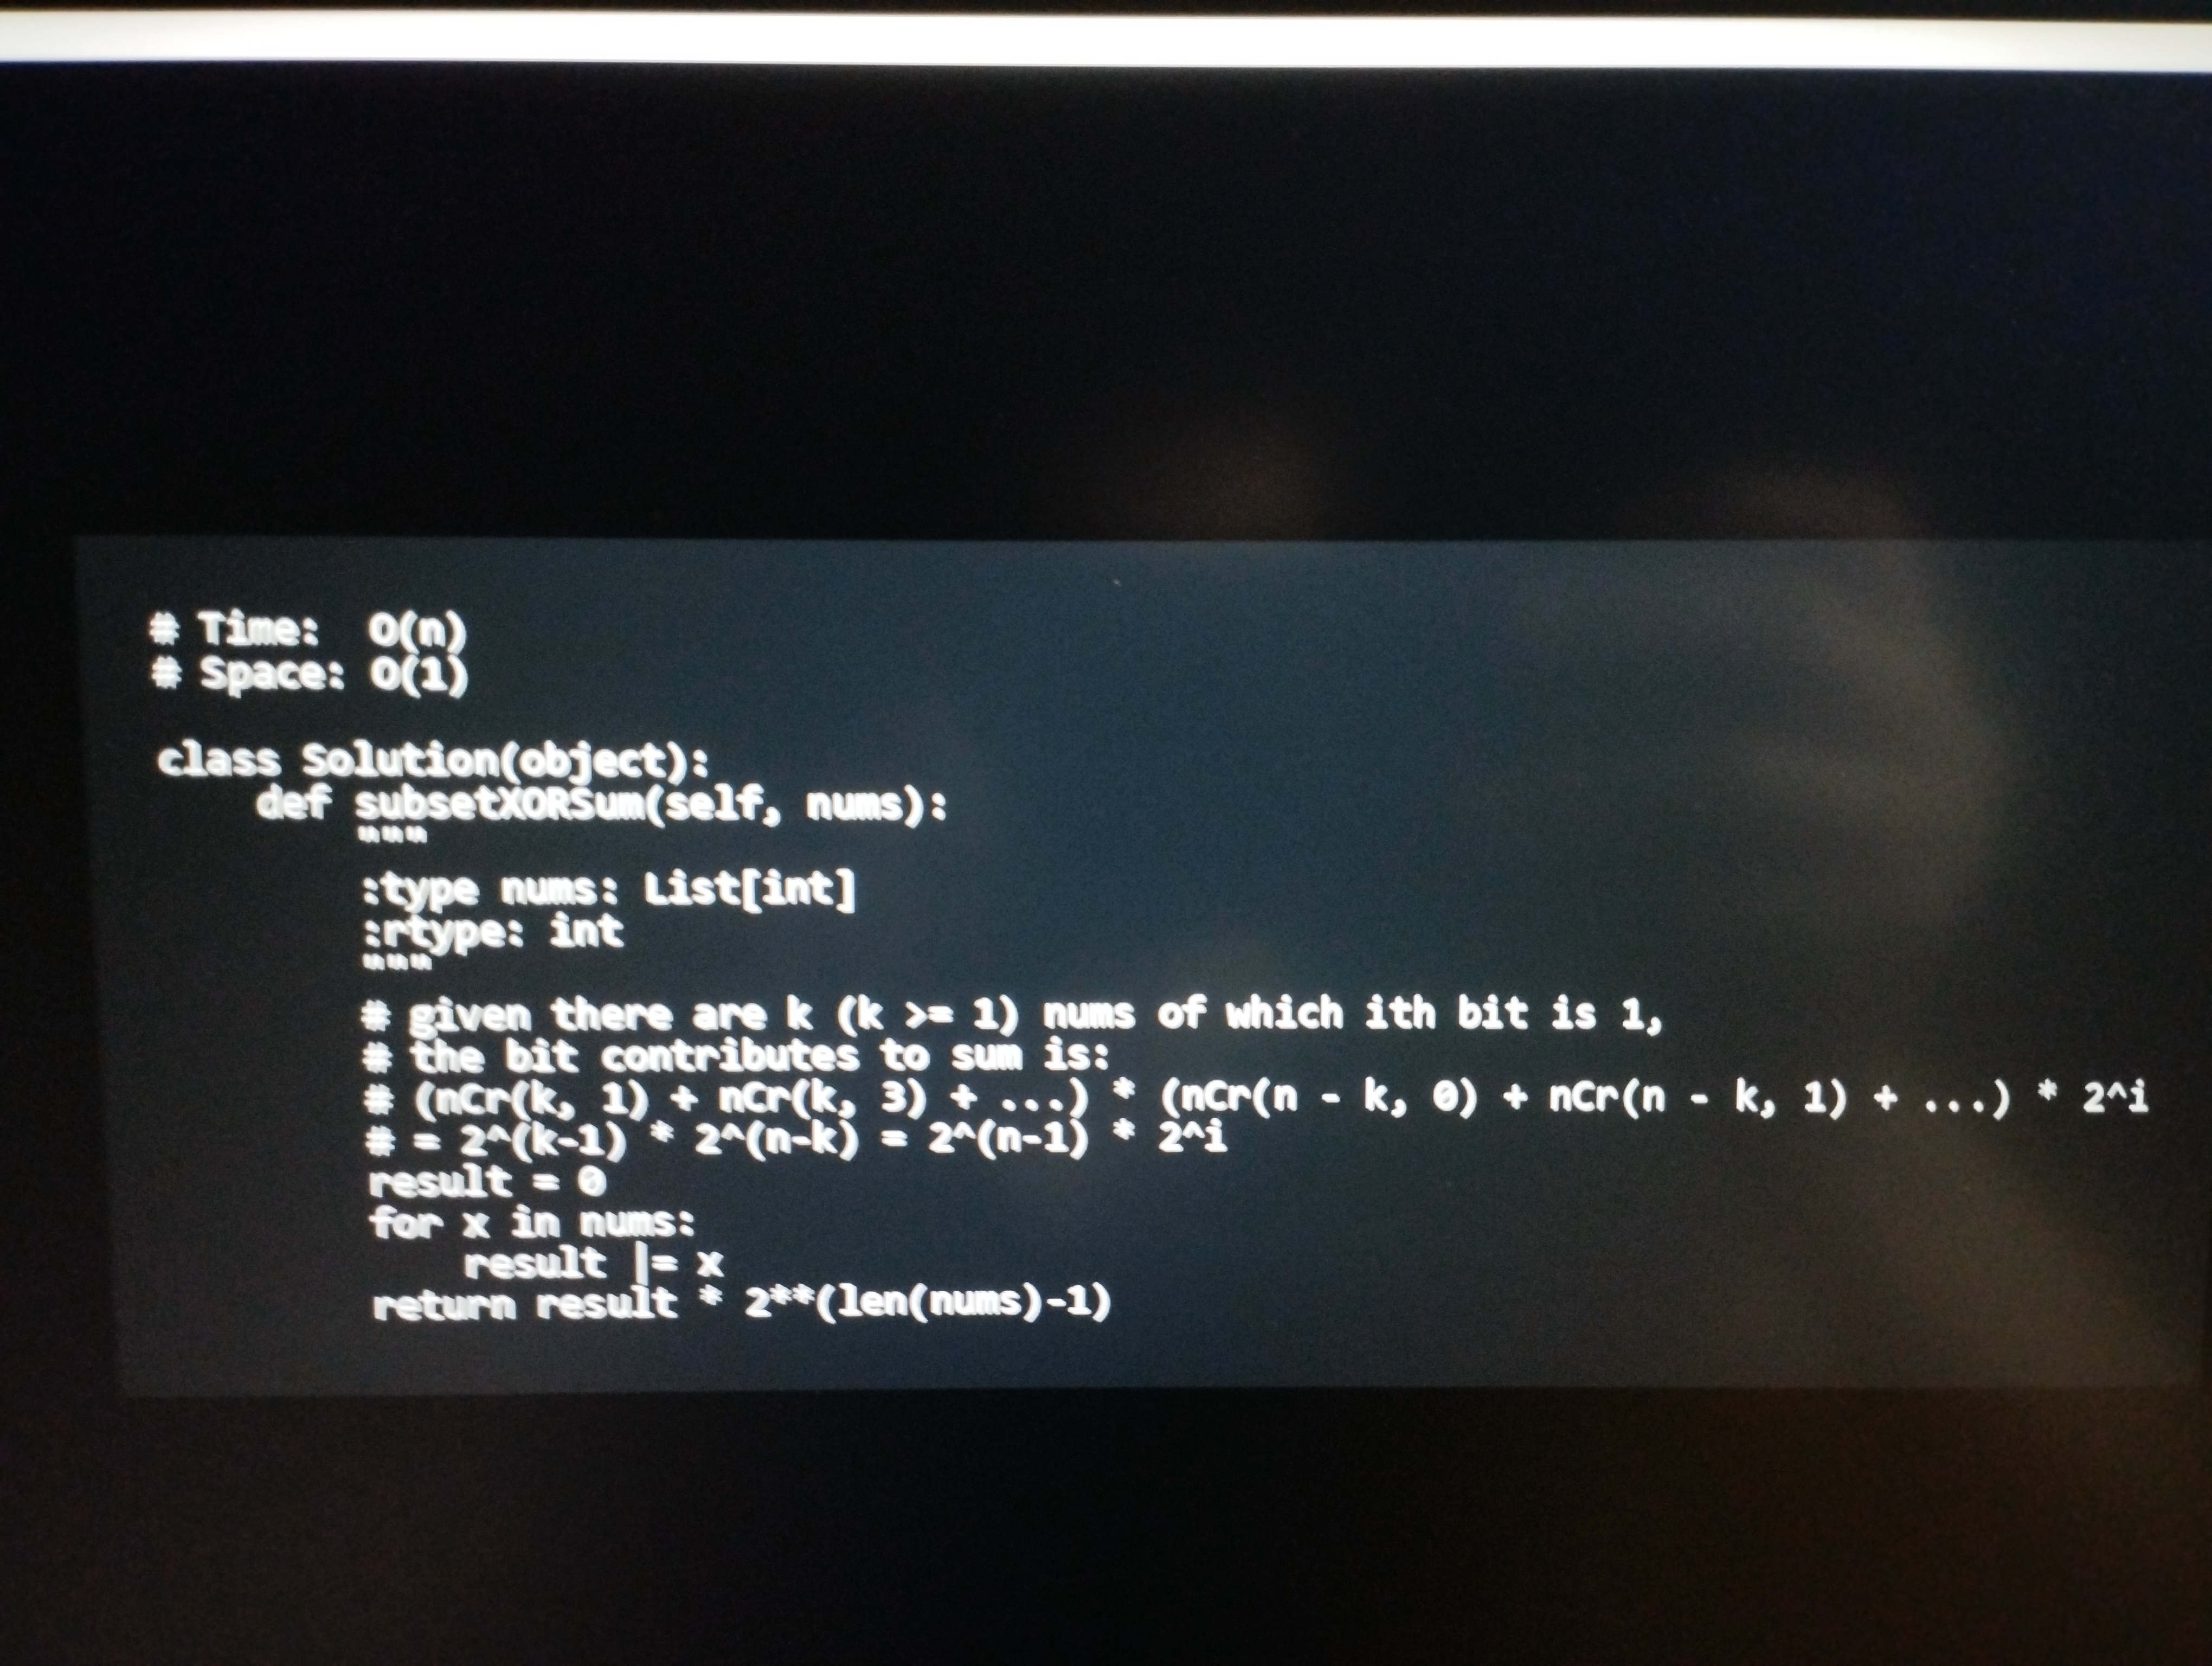
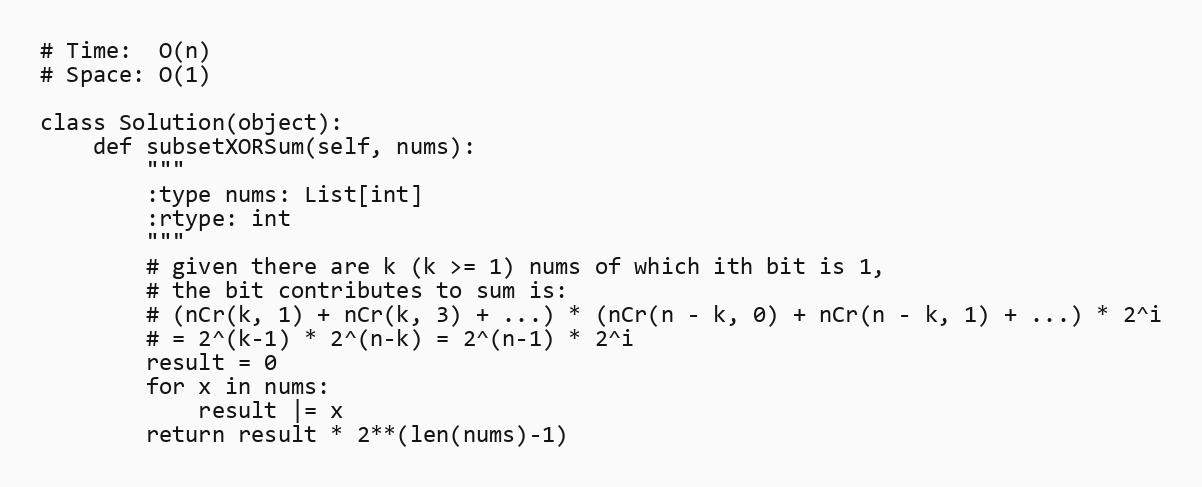
# Time:  O(n)
# Space: O(1)

class Solution(object):
    def subsetXORSum(self, nums):
        """
        :type nums: List[int]
        :rtype: int
        """
        # given there are k (k >= 1) nums of which ith bit is 1,
        # the bit contributes to sum is:
        # (nCr(k, 1) + nCr(k, 3) + ...) * (nCr(n - k, 0) + nCr(n - k, 1) + ...) * 2^i
        # = 2^(k-1) * 2^(n-k) = 2^(n-1) * 2^i
        result = 0
        for x in nums:
            result |= x
        return result * 2**(len(nums)-1)